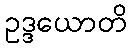
ဥဒ္ဒယောတိ